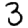
Digit: 3